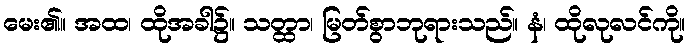
မေး၏။ အထ၊ ထိုအခါ၌။ သတ္ထာ၊ မြတ်စွာဘုရားသည်။ နံ၊ ထိုလုလင်ကို။